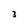
Character: 3